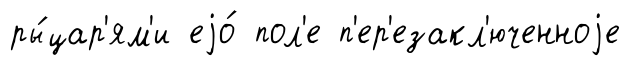
ры́цар'ям'и еjо́ пол'е п'ер'езакл'юченноjе